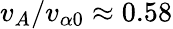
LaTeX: v_{A}/v_{\alpha 0}\approx 0.58